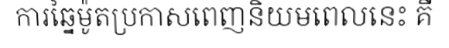
ការឆ្នៃម៉ូតប្រកាសពេញនិយមពេលនេះ គឺ